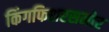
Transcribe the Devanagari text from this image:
किंगफिशरसमोर